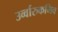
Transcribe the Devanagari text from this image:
उर्व्वारुकमिव